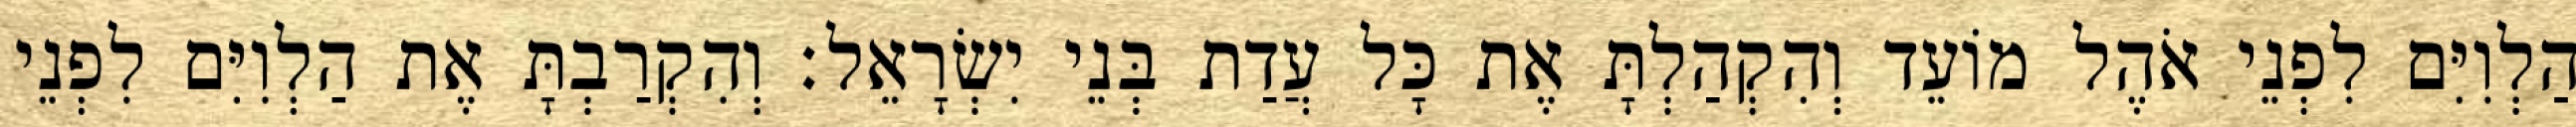
הַלְוִיִּם לִפְנֵי אֹהֶל מוֹעֵד וְהִקְהַלְתָּ אֶת כָּל עֲדַת בְּנֵי יִשְׂרָאֵל׃ וְהִקְרַבְתָּ אֶת הַלְוִיִּם לִפְנֵי